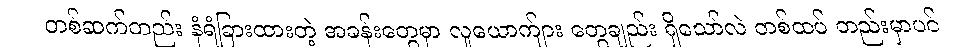
တစ်ဆက်တည်း နံရံခြားထားတဲ့ အခန်းတွေမှာ လူယောက်ျား တွေချည်း ရှိသော်လဲ တစ်ထပ် တည်းမှာပင်